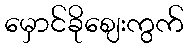
မှောင်ခိုဈေးကွက်